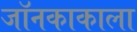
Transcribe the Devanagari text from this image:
जॉनकाकाला